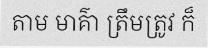
តាម មាគ៌ា ត្រឹមត្រូវ ក៏